Document type: Emphyteutic lease
Year: 1281
Scribe: Pere Marquès
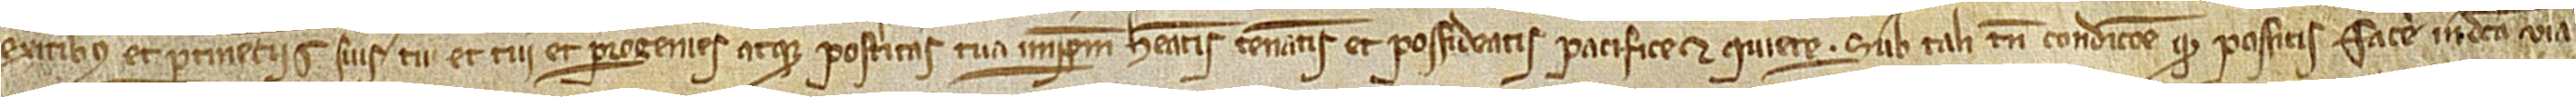
exitibus et pertinenciis suis, tu et tui et progenies atque posteritas tua imperpetuum habeatis, teneatis et possideatis pacifice et quiete. Sub tali tamen condicione quod possitis facere in dicta via